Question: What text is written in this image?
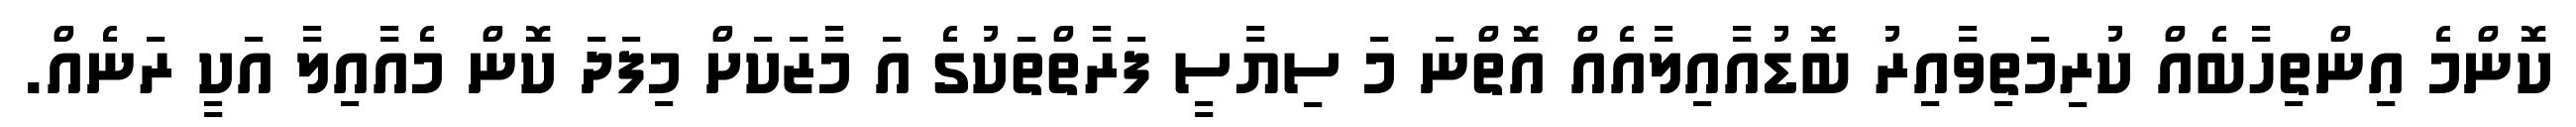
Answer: ކޮންމެ އިންތިހާބެއް ކުރިމަތިވާއިރު ބޮޑުއާއިލާއެއް އޮތްނަ މަ ސިޔާސީ ފަރާތްތަކުގެ އަ މާޒަކަށް މިފަދަ ކޮން މެއާއިލާ އަކީ ރަނެއް.